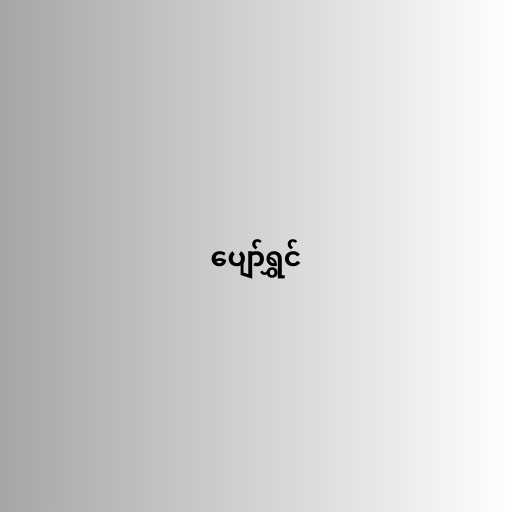
ပျော်ရွှင်